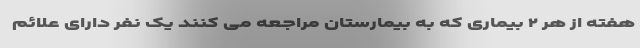
هفته از هر ۲ بیماری که به بیمارستان مراجعه می کنند یک نفر دارای علائم